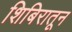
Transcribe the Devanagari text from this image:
शिबिरातून